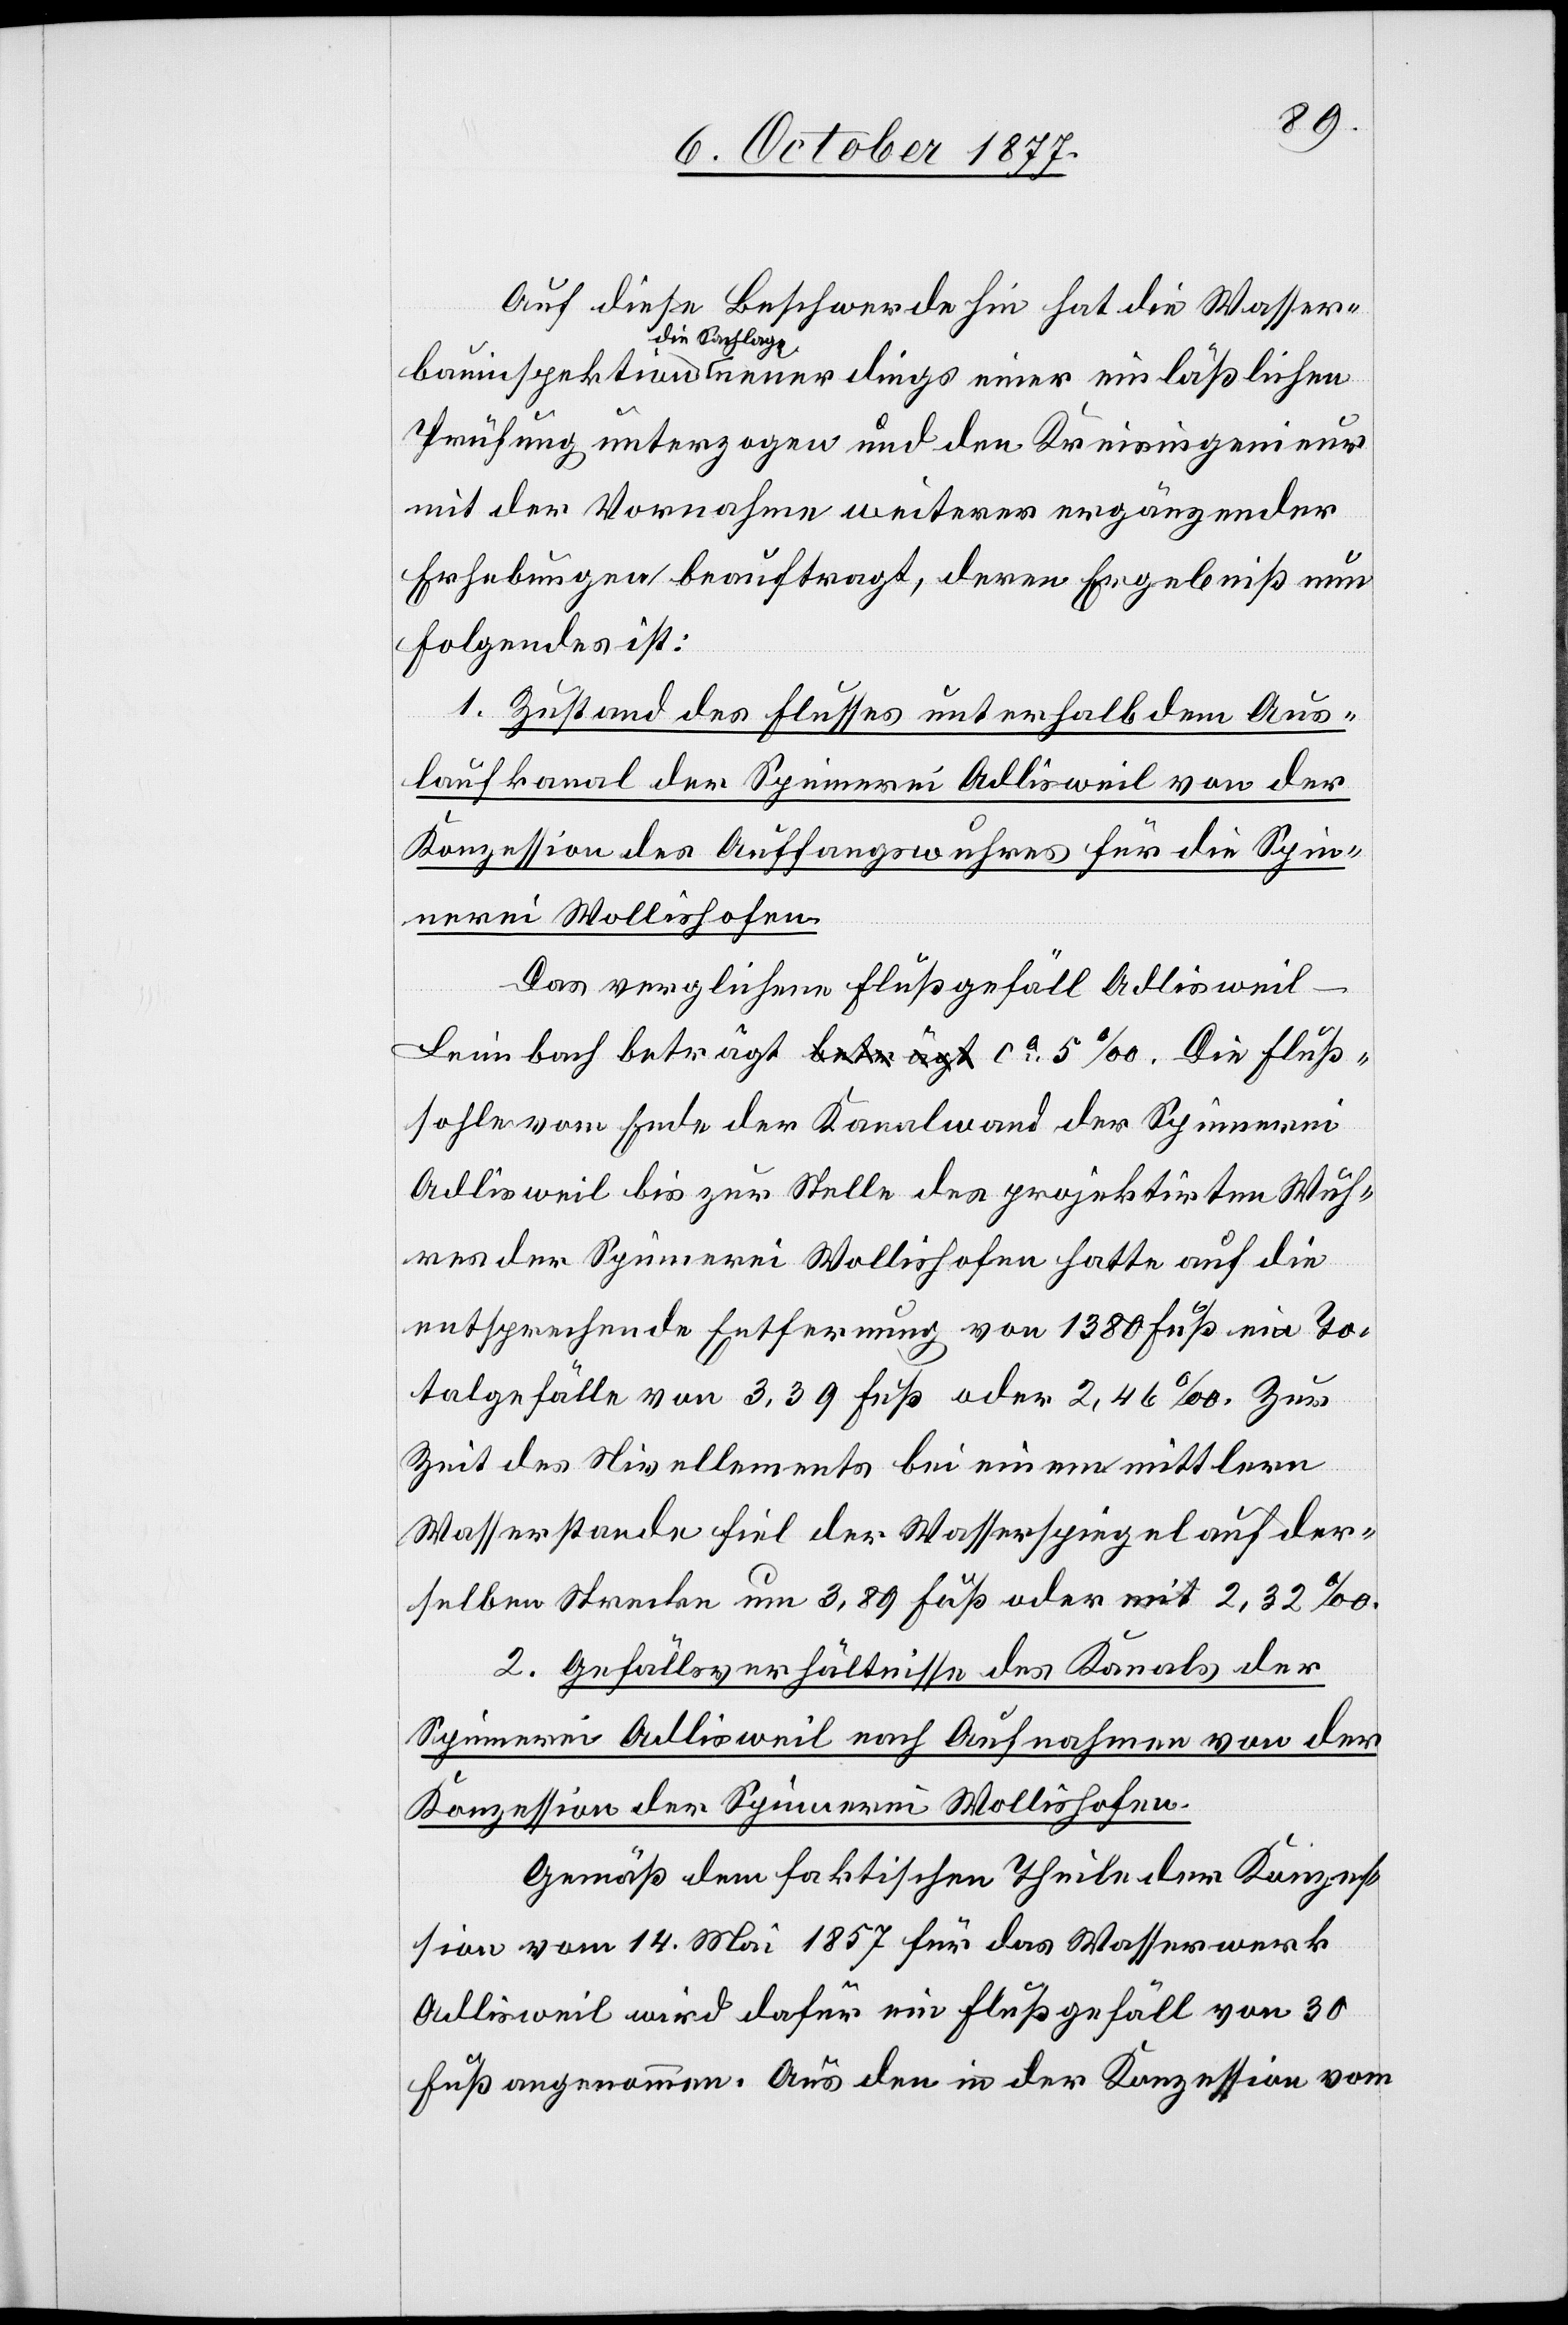
Auf diese Beschwerde hin hat die Wasser¬
bauinspektion die Sachlage neuerdings einer einläßlichen
Prüfung unterzogen und den Kreisingenieur
mit der Vornahme weiterer ergänzender
Erhebungen beauftragt, deren Ergebniß nun
Folgendes ist:
1. Zustand des Flusses unterhalb dem Aus¬
laufkanal der Spinnerei Adlisweil von der
Konzession des Auffangswuhres für die Spin¬
nerei Wollishofen.
Das verglichene Flußgefäll Adlisweil–L¬
eimbach beträgt a-beträgt-a ca 5‰. Die Fluß¬
sohle vom Ende der Kanalwand der Spinnerei
Adlisweil bis zur Stelle des projektirten Wuh¬
res der Spinnerei Wollishofen hatte auf die
entsprechende Entfernung von 1380 Fuß ein To¬
talgefälle von 3,39 Fuß oder 2,46‰. Zur
Zeit des Nivellements bei einem mittlern
Wasserstande fiel der Wasserspiegel auf der¬
selben Strecke um 3,89 Fuß oder a-mit-a 2,32‰.
2. Gefällsverhältnisse des Kanals der
Spinnerei Adlisweil nach Aufnahmen von der
Konzession der Spinnerei Wollishofen.
Gemäß dem faktischen Theile der Konzes¬
sion vom 14. Mai 1857 für das Wasserwerk
Adlisweil wird dafür ein Flußgefäll von 30
Fuß angenommen. Aus den in der Konzession vom